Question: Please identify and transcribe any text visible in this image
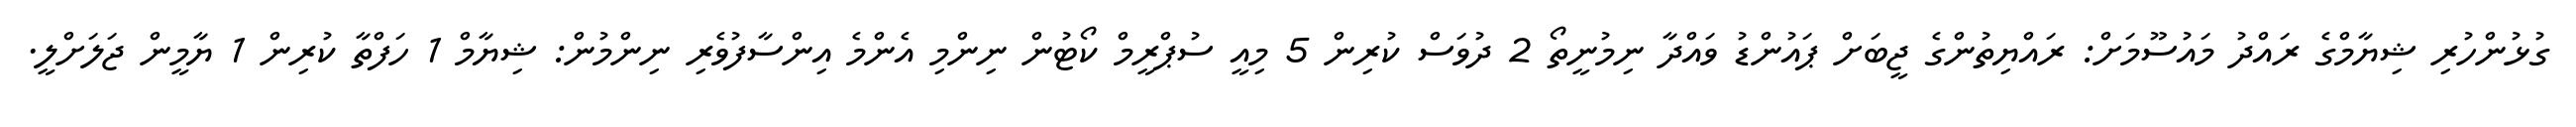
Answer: ގުޅުންހުރި ޝިޔާމްގެ ރައްދު މައުސޫމަށް: ރައްޔިތުންގެ ޖީބަށް ޕައުންޑު ވައްދާ ނިމުނީތޯ 2 ދުވަސް ކުރިން 5 މިއީ ސުޕްރީމް ކޯޓުން ނިންމި އެންމެ އިންސާފުވެރި ނިންމުން: ޝިޔާމް 1 ހަފްތާ ކުރިން 1 ޔާމީން ޖަލަށްލީ.